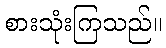
စားသုံးကြသည်။